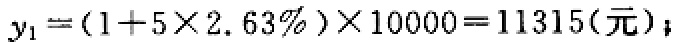
\(y_{1}=(1 + 5\times2.63\%)\times10000 = 11315(\text{元})\)；